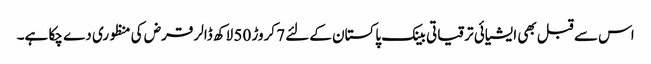
اس سے قبل بھی ایشیائی ترقیاتی بینک پاکستان کےلئے 7 کروڑ 50 لاکھ ڈالر قرض کی منظوری دے چکا ہے۔